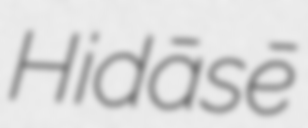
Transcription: Hidāsē